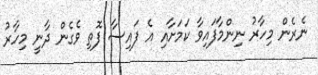
ނެރެން މިހާރު ނިންމާފައިވާ ކަމަށާއި އެ ފައިސާ ފޮތި ވެގެން ދާނީ މިހާރު